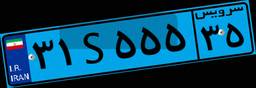
۳۱S۵۵۵۳۵